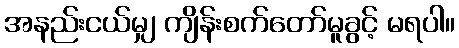
အနည်းငယ်မျှ ကျိန်းစက်တော်မူခွင့် မရပါ။